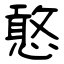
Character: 憨